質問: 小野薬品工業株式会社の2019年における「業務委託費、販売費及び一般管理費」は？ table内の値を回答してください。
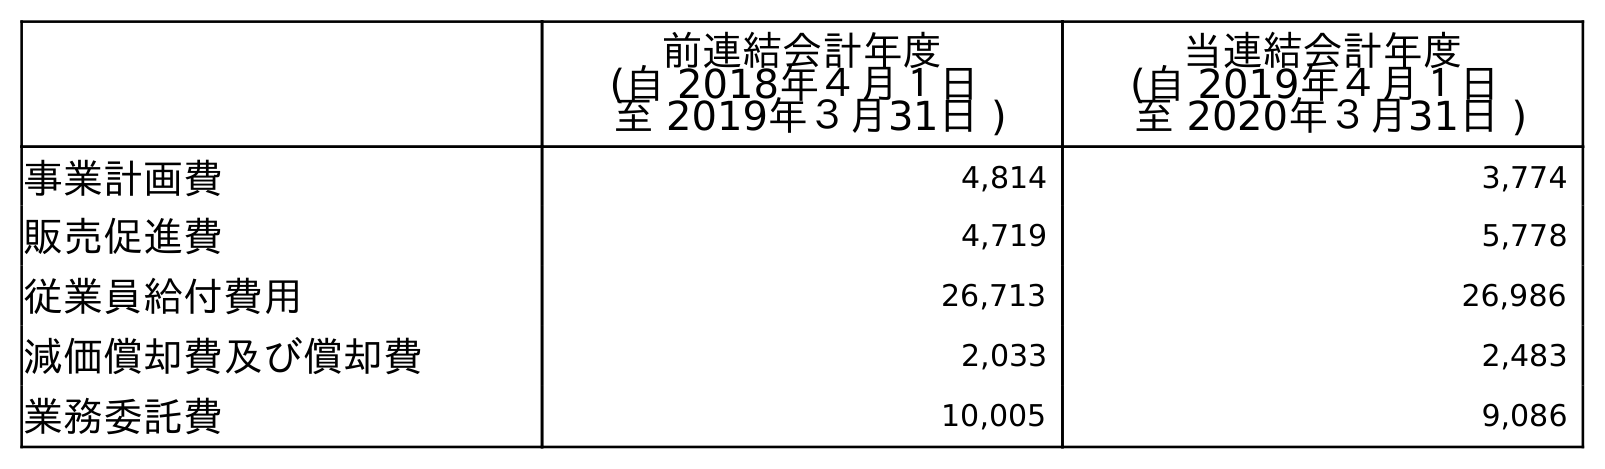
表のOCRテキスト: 前連結会計年度 (自 2018年４月１日 至 2019年３月31日 ) 当連結会計年度 (自 2019年４月１日 至 2020年３月31日 ) 事業計画費 4,814 3,774 販売促進費 4,719 5,778 従業員給付費用 26,713 26,986 減価償却費及び償却費 2,033 2,483 業務委託費 10,005 9,086
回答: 10,005